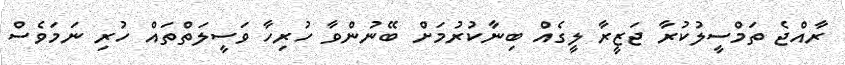
ރާއްޖެ ތަމްސީލުކުރާ ޖަޒީރާ ލީގެއް ބިނާކުރުމަށް ބޭނުންވާ ހުރިހާ ވަސީލަތްތައް ހުރި ނަމަވެސް